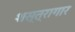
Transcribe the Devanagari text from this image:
शस्‍त्रागार